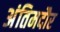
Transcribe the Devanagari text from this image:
अंतिमदौर